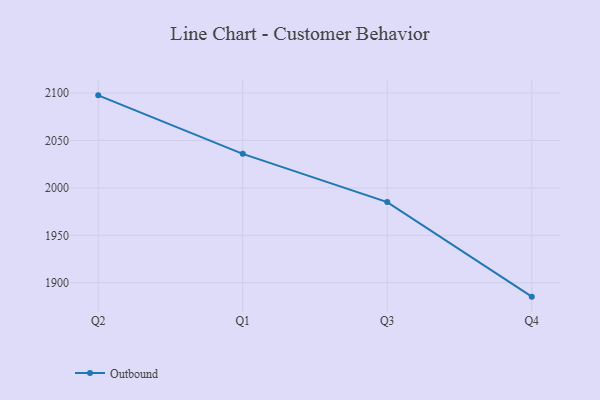
{"axis": {"x": "Quarter", "y": "Inventory Turnover"}, "legend": ["Outbound"], "data": [{"x": "Q2", "y": 2097.6, "type": "Outbound"}, {"x": "Q1", "y": 2035.9, "type": "Outbound"}, {"x": "Q3", "y": 1985.0, "type": "Outbound"}, {"x": "Q4", "y": 1885.3, "type": "Outbound"}]}